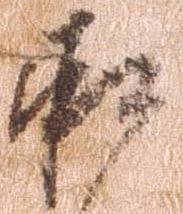
承